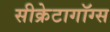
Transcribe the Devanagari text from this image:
सीक्रेटागॉग्स